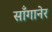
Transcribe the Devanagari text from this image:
साँगानेर